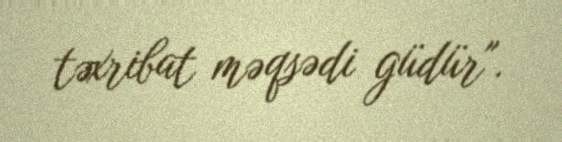
təxribat məqsədi güdür".